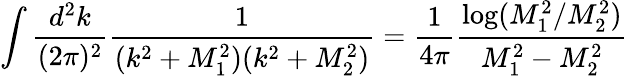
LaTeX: \int\frac{d^{2}k}{(2\pi)^{2}}\frac{1}{(k^{2}+M_{1}^{2})(k^{2}+M_{2}^{2})}=\frac{1}{4\pi}\frac{\log(M_{1}^{2}/M_{2}^{2})}{M_{1}^{2}-M_{2}^{2}}